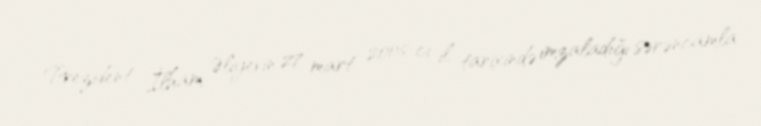
Prezident İlham Əliyevin 27 mart 2006-cı il tarixində imzaladığı sərəncamla